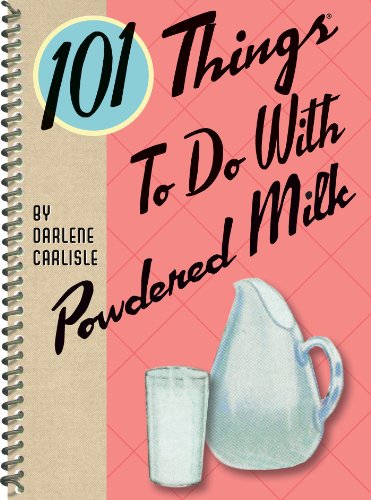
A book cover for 101 Things to Do with Powdered Milk; Darlene Carlisle; Cookbooks, Food & Wine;